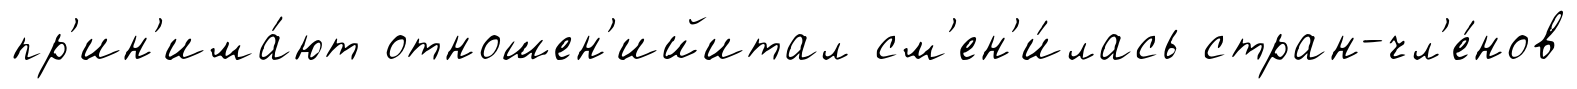
пр'ин'има́ют отношен'ийитал см'ен'и́лась стран-чл'е́нов